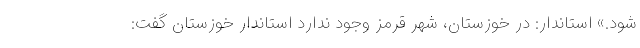
شود.» استاندار: در خوزستان، شهر قرمز وجود ندارد استاندار خوزستان گفت: